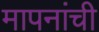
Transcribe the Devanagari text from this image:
मापनांची